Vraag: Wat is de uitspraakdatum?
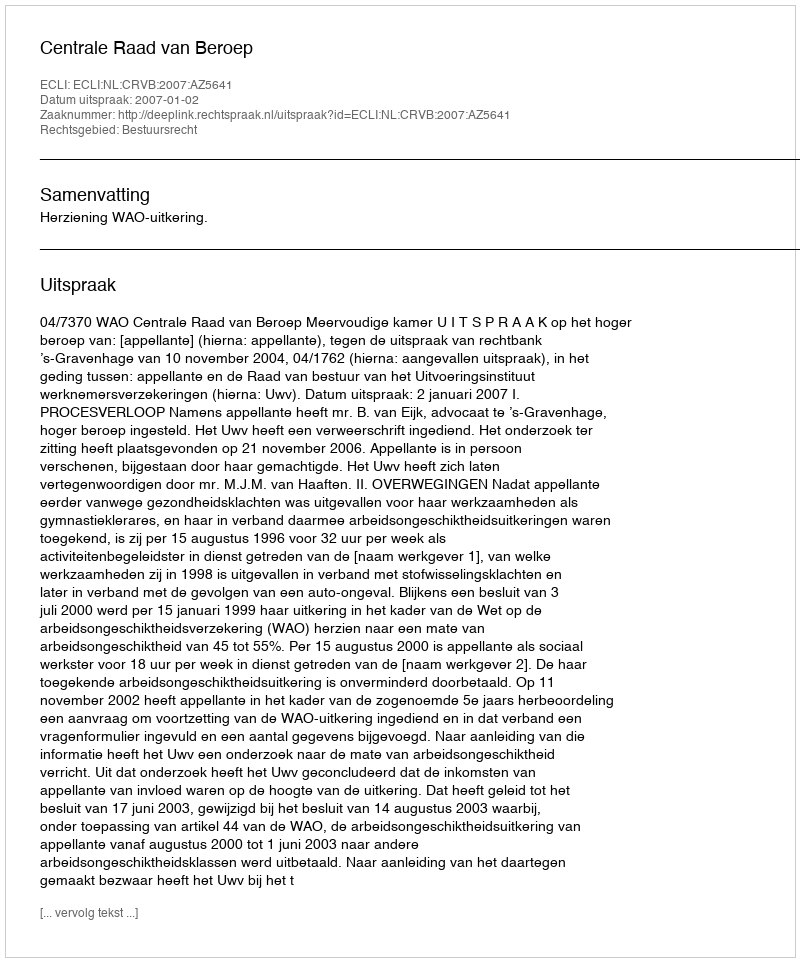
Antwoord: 2007-01-02